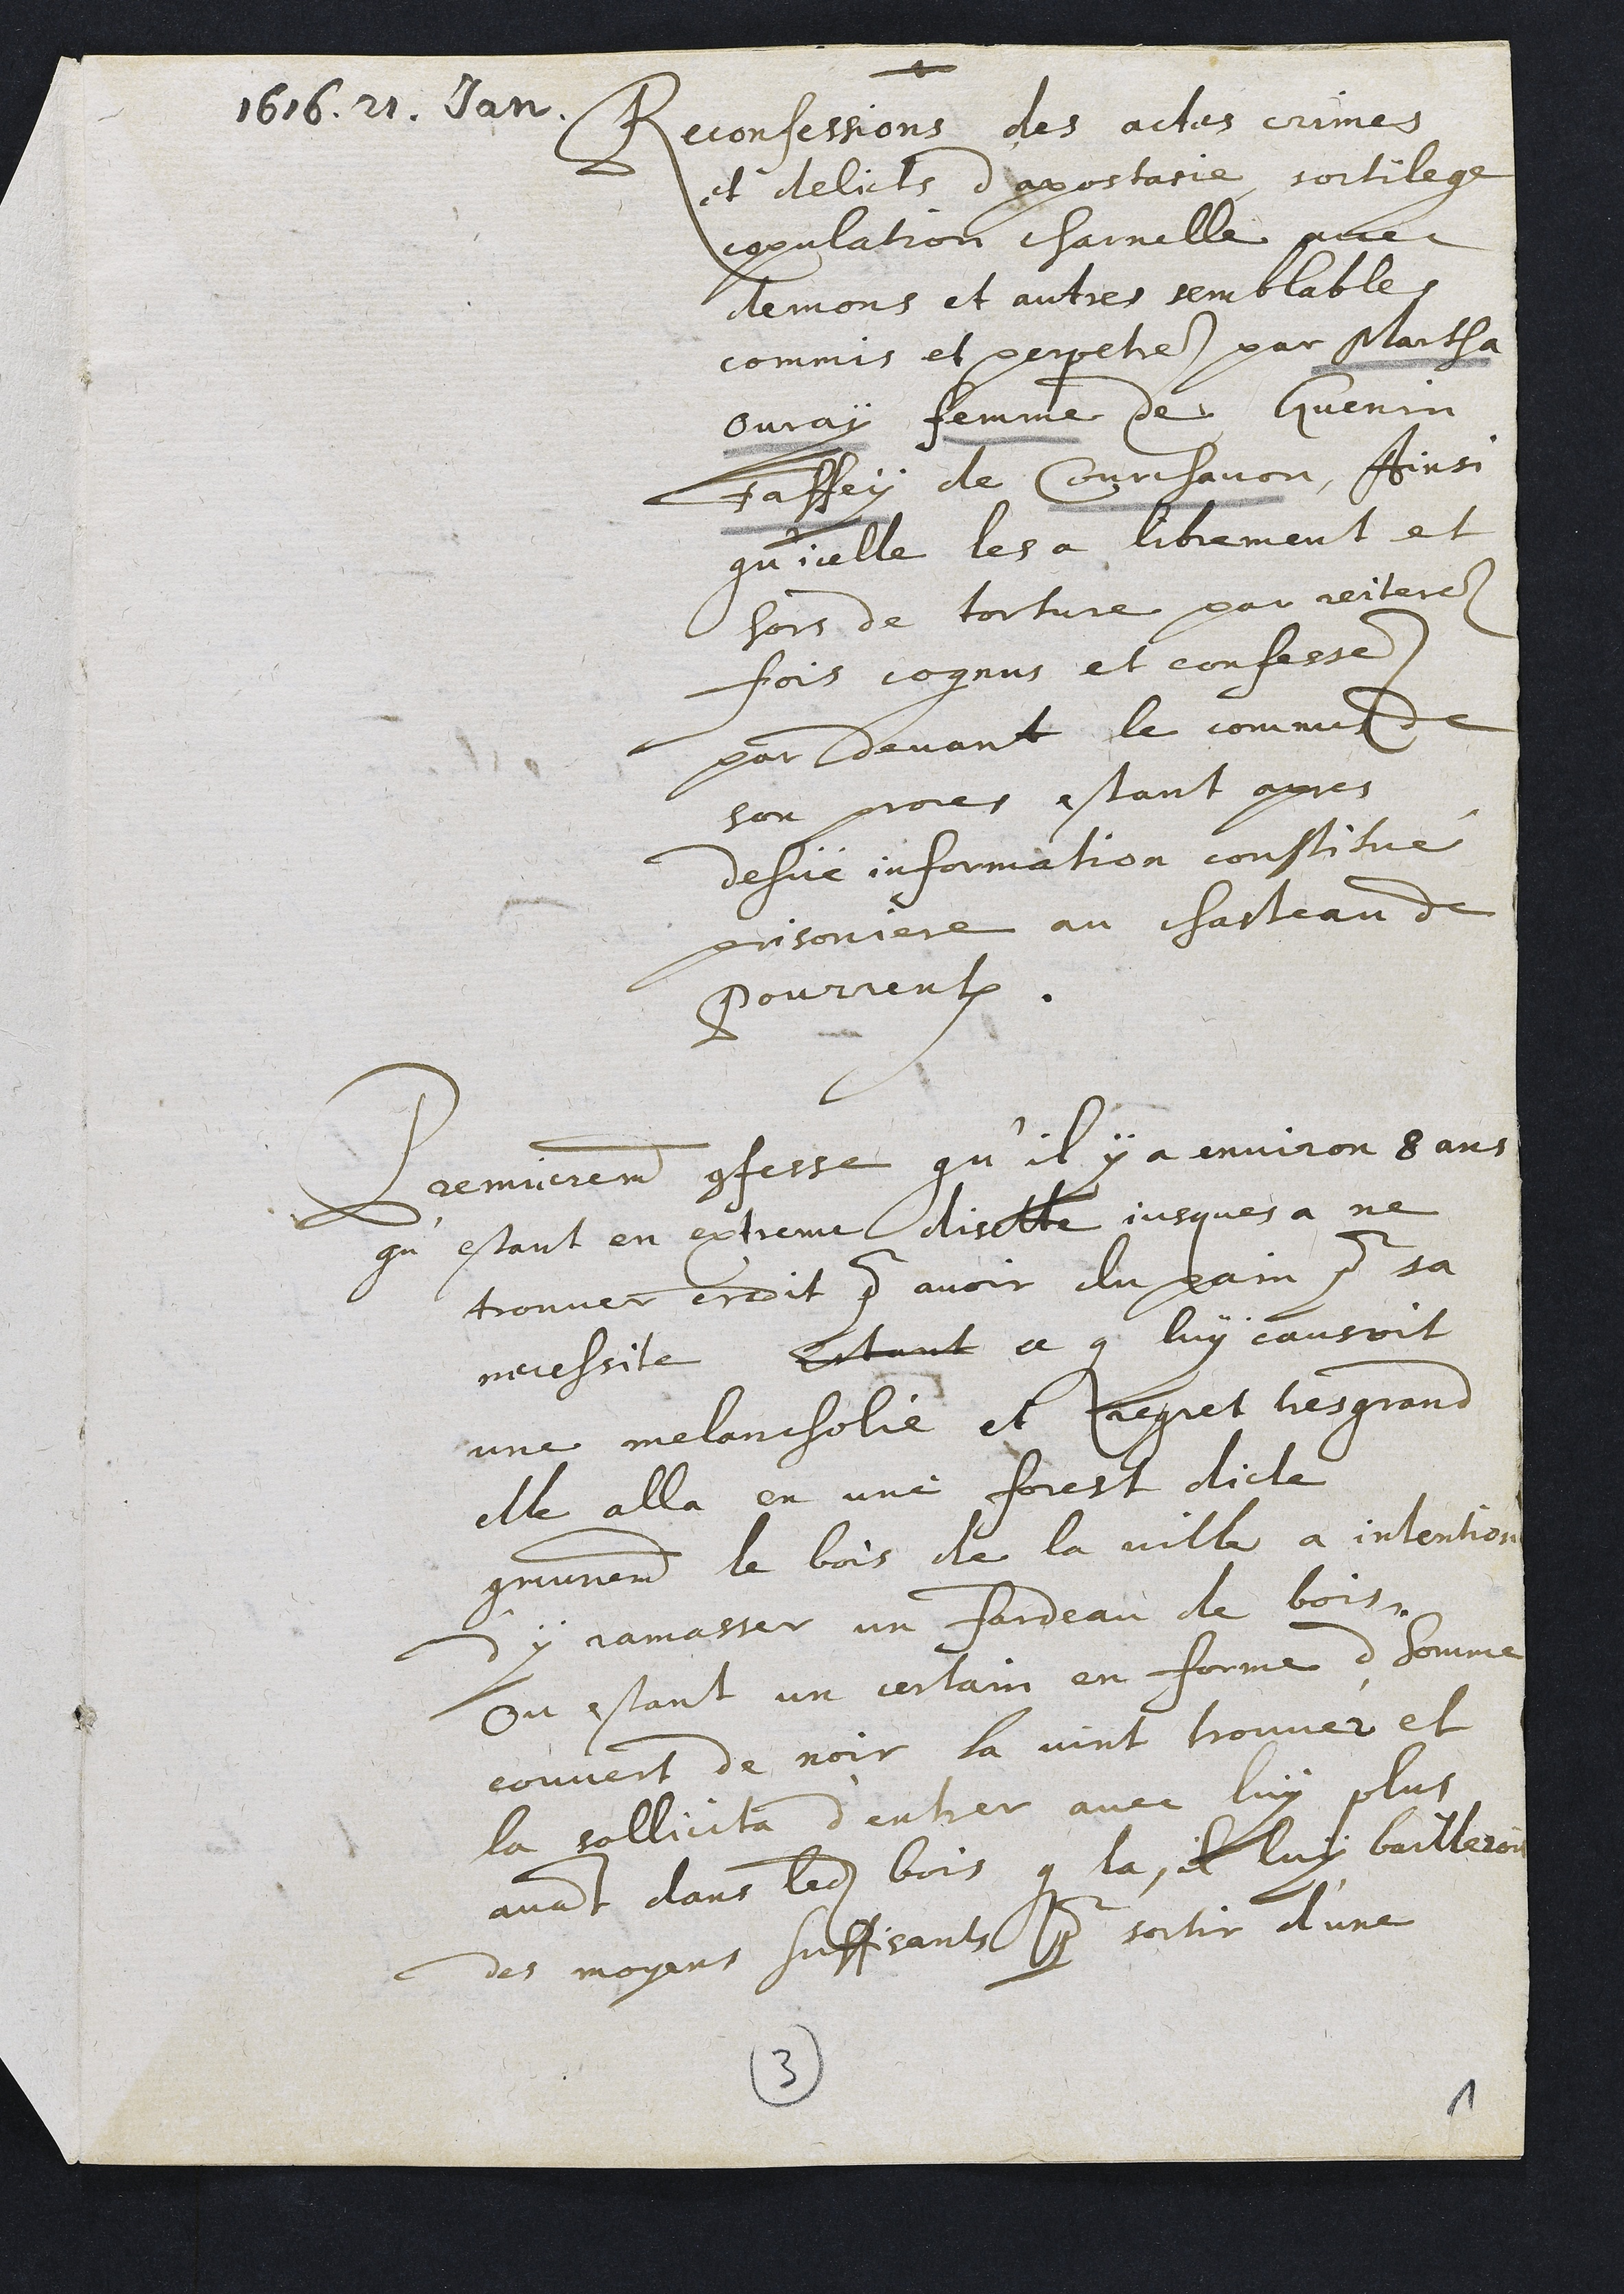
1616. 21. Jan.
Reconfessions des actes crimes
et delicts d'apostasie, sortilege
copulation charnelle avec
demons et autres semblables
commis et perpetres par Martha
Ovray femme de Guenin
Faffey de Courchavon, Ainsi
qu'icelle les a librement et
hors de torture par reiteres
fois cognus et confesses
par devant le commis de
son proces estant apres
dehue information constitué
prisoniere au chasteau de
Pourrentruy.
Premierement confesse qu'il y a environ 8 ans
qu'estant en extreme disette jusques a ne
trouver credit pour avoir du pain pour sa
necessite Estant ce qui luy causoit
une melancholie et regret tres grand
elle alla en une forest dicte
communement le bois de la ville a intention
d'y ramasser un fardeau de bois.
Ou estant un certain en forme d'homme
couvert de noir la vint trouver et
la sollicita d'entrer avec luy plus
avant dans ledit bois que la, il luy bailleroit
des moyens suffisants pour sortir d'une